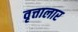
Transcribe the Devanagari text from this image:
वृत्तालार